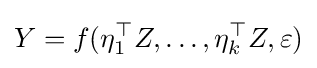
Y=f(\eta _{1}^{\top }Z,\ldots ,\eta _{k}^{\top }Z,\varepsilon )